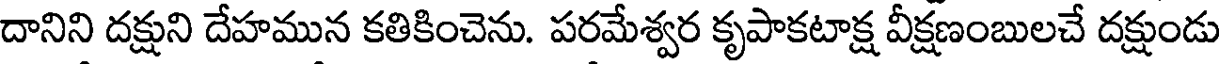
దానిని దక్షుని దేహమున కతికించెను. పరమేశ్వర కృపాకటాక్ష వీక్షణంబులచే దక్షుండు